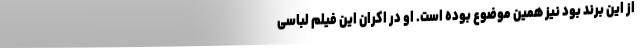
از این برند بود نیز همین موضوع بوده است. او در اکران این فیلم لباسی